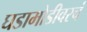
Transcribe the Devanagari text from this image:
घडामोडीवरचं